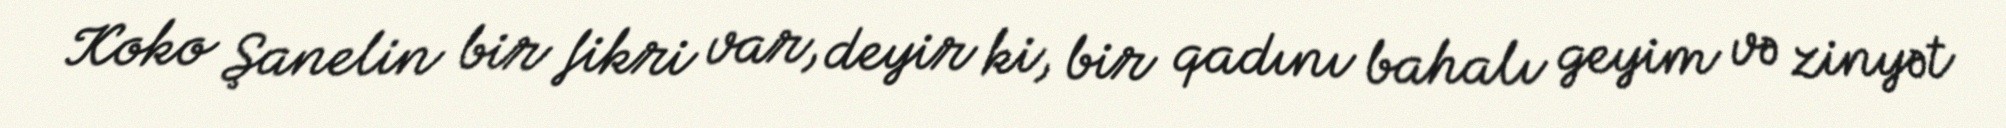
Koko Şanelin bir fikri var, deyir ki, bir qadını bahalı geyim və zinyət